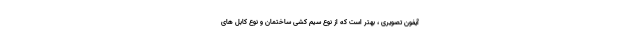
آیفون تصویری ، بهتر است که از نوع سیم کشی ساختمان و نوع کابل های